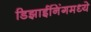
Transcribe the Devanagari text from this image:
डिझाईनिंगमध्ये